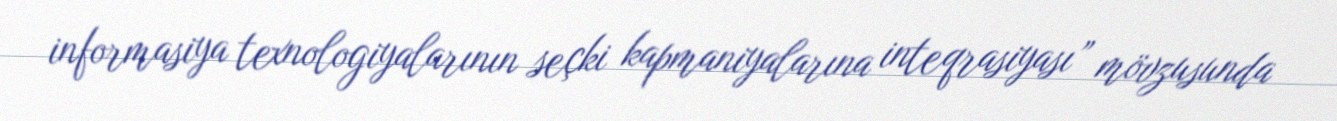
informasiya texnologiyalarının seçki kapmaniyalarına inteqrasiyası” mövzusunda